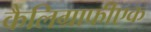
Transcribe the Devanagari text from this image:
कैलिग्राफीएक